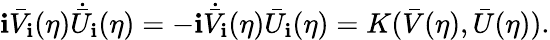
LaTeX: \mathbf{i}\bar{{V}}_{\mathbf{i}}(\eta)\dot{{\bar{{U}}}}_{\mathbf{i}}(\eta)=-\mathbf{i}\dot{{\bar{{V}}}}_{\mathbf{i}}(\eta)\bar{{U}}_{\mathbf{i}}(\eta)=K(\bar{{V}}(\eta),\bar{{U}}(\eta)).